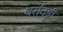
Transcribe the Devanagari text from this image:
थर्रावड्डी